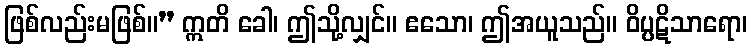
ဖြစ်လည်းမဖြစ်။” ဣတိ ခေါ၊ ဤသို့လျှင်။ ဧသော၊ ဤအယူသည်။ ဝိပ္ပဋိသာရော၊